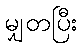
မျှတပြီး